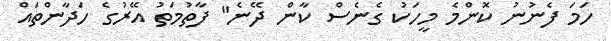
ހަމަ ފެނުނު ކޮންމެ މީހަކު ގެނެސް ކާން ދޭނެ" ފާތުމަތު އޭރުގެ ހަދާންތައް